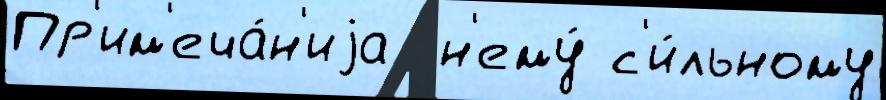
Пр'им'еча́н'иjа  н'ему́ с'и́льному